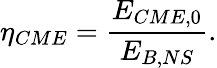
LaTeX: \eta_{CME}=\frac{E_{CME,0}}{E_{B,NS}}.